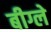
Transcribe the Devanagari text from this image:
बीग्ले